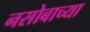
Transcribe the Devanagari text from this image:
नसोबाच्या